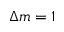
\Delta m = 1